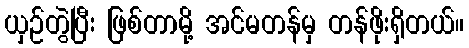
ယှဉ်တွဲပြီး ဖြစ်တာမို့ အင်မတန်မှ တန်ဖိုးရှိတယ်။